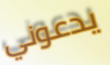
يدعوني